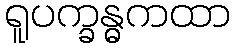
ရူပက္ခန္ဓကထာ